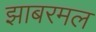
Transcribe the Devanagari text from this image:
झाबरमल